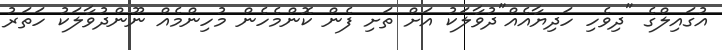
އުގައިލްގެ "ދިވެހި ހަދިޔާއެއް"ދުވާލަކު އަށް ތަށި ފެން ކޮންމެހެން މުހިންމެއް ނޫންދުވާލަކު ހަތަރު